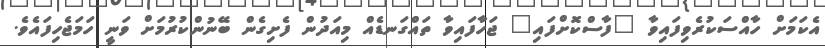
އެކަމަށް ހާއްސަކުރެވިފައިވާ "ފާސްކޮށްފައި" ޖަހާފައިވާ ތައްގަނޑެއް މިއަދުން ފެށިގެން ބޭނުންކުރުމަށް ވަނީ ހަމަޖެހިފައެވެ.